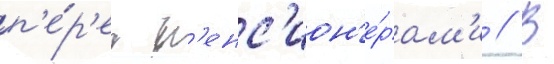
п'е́р'ед п'енс'ион'е́рам'и // В